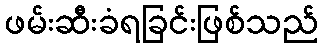
ဖမ်းဆီးခံရခြင်းဖြစ်သည်